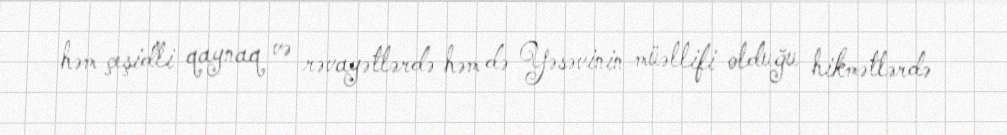
həm çeşidli qaynaq və rəvayətlərdə həm də Yəsəvinin müəllifi olduğu hikmətlərdə